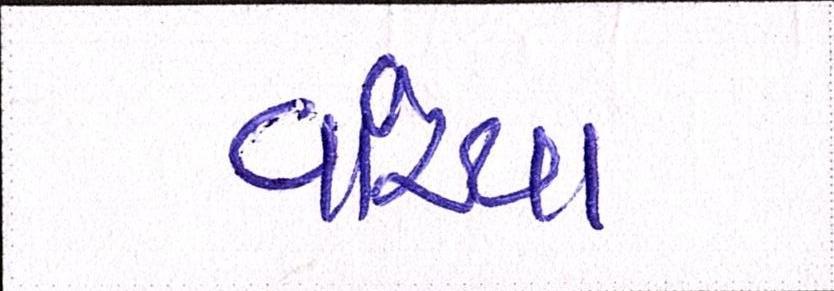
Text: વાંચ્યા